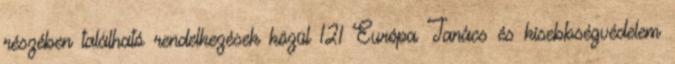
részében található rendelkezések közül 121 Európa Tanács és kisebbségvédelem